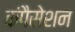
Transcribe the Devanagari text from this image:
कंपैसेशन